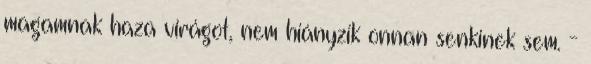
magamnak haza virágot, nem hiányzik onnan senkinek sem. -